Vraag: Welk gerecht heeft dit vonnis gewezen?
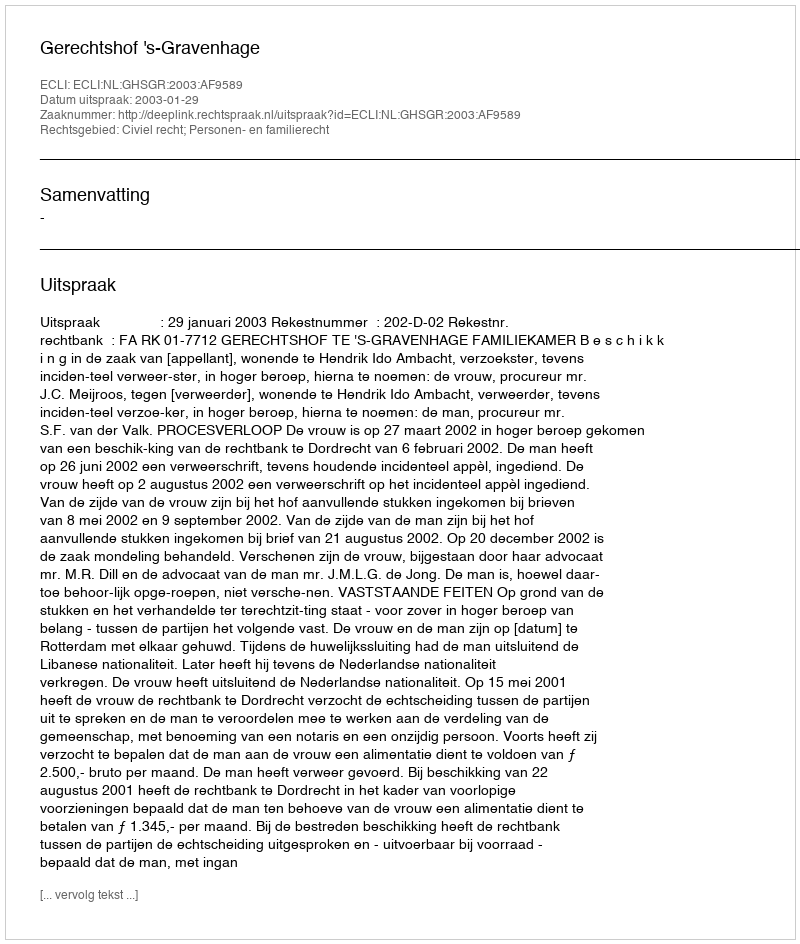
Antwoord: Gerechtshof 's-Gravenhage